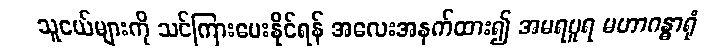
သူငယ်များကို သင်ကြားပေးနိုင်ရန် အလေးအနက်ထား၍ အမရပူရ မဟာဂန္ဓာရုံ